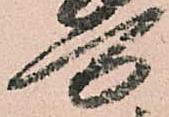
万